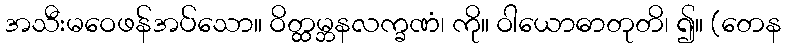
အသီးမဝေဖန်အပ်သော။ ဝိတ္ထမ္ဘနလက္ခဏံ၊ ကို။ ဝါယောဓာတုတိ၊ ၍။ (တေန